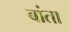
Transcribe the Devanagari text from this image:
बांता